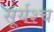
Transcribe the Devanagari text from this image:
सूर्यश्च